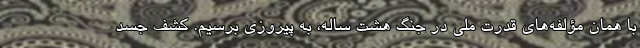
با همان مؤلفه‌های قدرت ملی در جنگ هشت ساله، به پیروزی برسیم. کشف جسد